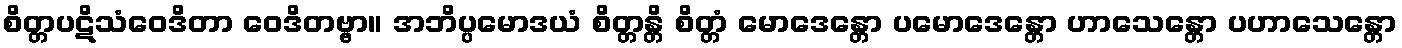
စိတ္တပဋိသံဝေဒိတာ ဝေဒိတဗ္ဗာ။ အဘိပ္ပမောဒယံ စိတ္တန္တိ စိတ္တံ မောဒေန္တော ပမောဒေန္တော ဟာသေန္တော ပဟာသေန္တော